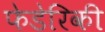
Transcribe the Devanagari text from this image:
फेडेरिकी